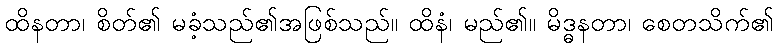
ထိနတာ၊ စိတ်၏ မခံ့သည်၏အဖြစ်သည်။ ထိနံ၊ မည်၏။ မိဒ္ဓနတာ၊ စေတသိက်၏